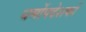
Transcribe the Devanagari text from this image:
धर्मोपदेशकों